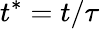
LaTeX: t^{*}=t/\tau